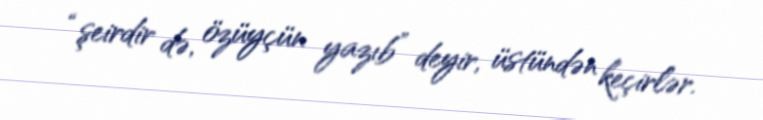
“şeirdir də, özüyçün yazıb” deyir, üstündən keçirlər.